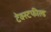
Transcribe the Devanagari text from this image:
टेक्स्टफील्ड